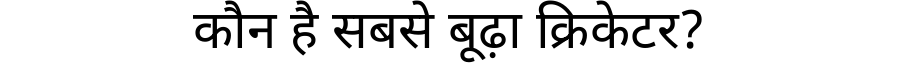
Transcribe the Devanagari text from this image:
कौन है सबसे बूढ़ा क्रिकेटर?